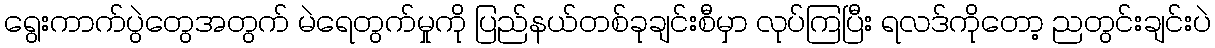
ရွေးကာက်ပွဲတွေအတွက် မဲရေတွက်မှုကို ပြည်နယ်တစ်ခုချင်းစီမှာ လုပ်ကြပြီး ရလဒ်ကိုတော့ ညတွင်းချင်းပဲ